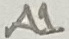
Text: A1